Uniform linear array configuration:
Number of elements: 24
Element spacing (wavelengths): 0.5
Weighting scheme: uniform
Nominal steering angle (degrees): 45
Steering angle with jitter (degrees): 45.53
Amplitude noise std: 0.05
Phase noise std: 0.05

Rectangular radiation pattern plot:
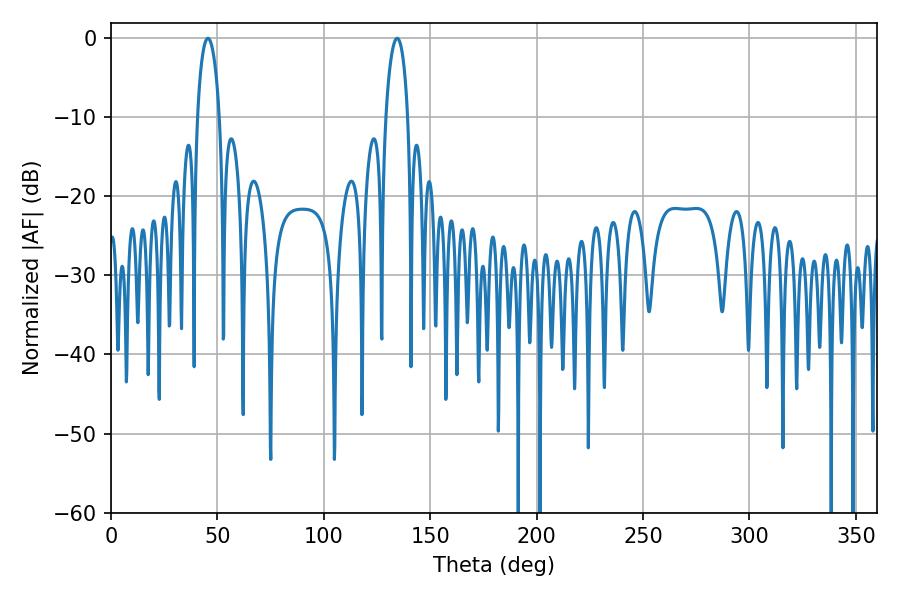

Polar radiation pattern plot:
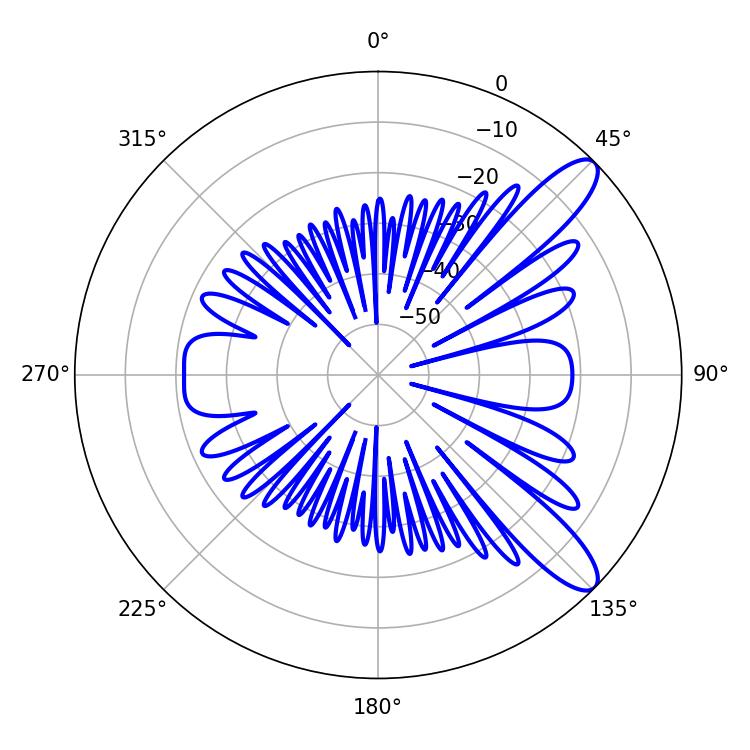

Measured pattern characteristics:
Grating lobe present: FALSE
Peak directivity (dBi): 10.824
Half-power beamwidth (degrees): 5.94
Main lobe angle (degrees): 45.54